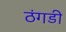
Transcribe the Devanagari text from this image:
ठंगडी